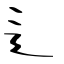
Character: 辶